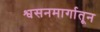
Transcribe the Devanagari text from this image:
श्वसनमार्गातून